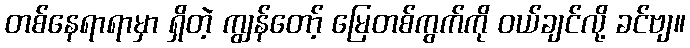
တစ်နေရာရာမှာ ရှိတဲ့ ကျွန်တော့် မြေတစ်ကွက်ကို ဝယ်ချင်လို့ ခင်ဗျ။